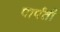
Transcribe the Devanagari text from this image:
पार्पती